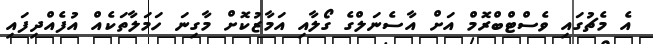
އެ މެޗުގައި ވެސްޓްބްރޮމް އަށް އާސެނަލްގެ ގޯލާއި އަމާޒުކޮށް މާގިނަ ހަމަލާތަކެއް އުފެއްދިފައި